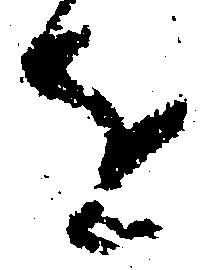
を